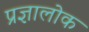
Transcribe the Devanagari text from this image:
प्रज्ञालोक